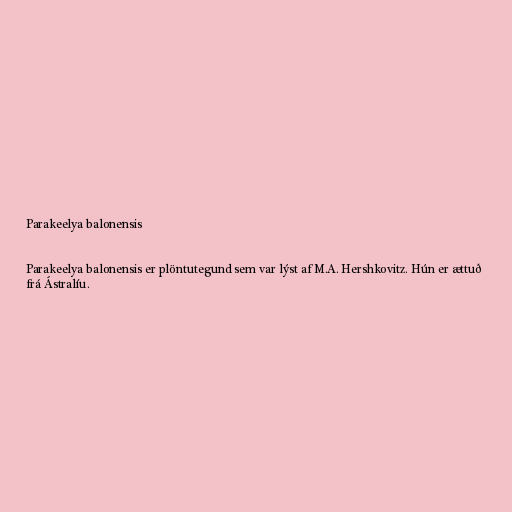
Parakeelya balonensis

Parakeelya balonensis er plöntutegund sem var lýst af M.A. Hershkovitz. Hún er ættuð
frá Ástralíu.